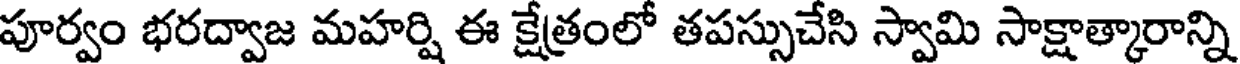
పూర్వం భరద్వాజ మహర్షి ఈ క్షేత్రంలో తపస్సుచేసి స్వామి సాక్షాత్కారాన్ని